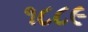
૧૮૮૯